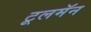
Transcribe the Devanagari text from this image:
टूलमॅन